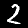
Digit: 2